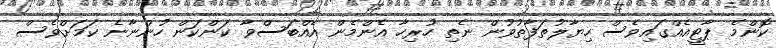
ކޮންމެ ޕާޓީއެއްގައިވެސް ހިޔާލުތަފާތުވުން ނެތި ހުރިހާ އެންމެން އެއްބަސްވާ ކަންކަން ހުންނާނެ ކަމަށްވެސް